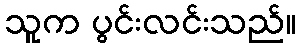
သူက ပွင်းလင်းသည်။